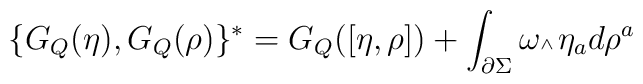
\{ G_Q(\eta), G_Q(\rho) \}^* = G_Q([\eta,\rho]) + \int_{\partial \Sigma} \omega \mbox{\tiny $\wedge\,$}  \eta_a d\rho^a